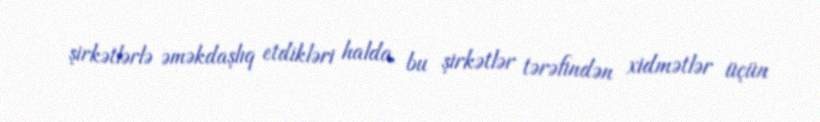
şirkətlərlə əməkdaşlıq etdikləri halda, bu şirkətlər tərəfindən xidmətlər üçün